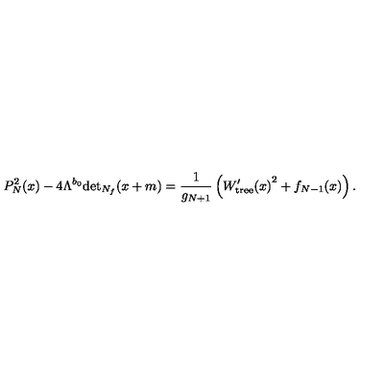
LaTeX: P _ { N } ^ { 2 } ( x ) - 4 \Lambda ^ { b _ { 0 } } \mathrm { d e t } _ { N _ { f } } ( x + m ) = \frac { 1 } { g _ { N + 1 } } \left( { W _ { \mathrm { t r e e } } ^ { \prime } ( x ) } ^ { 2 } + f _ { N - 1 } ( x ) \right) .